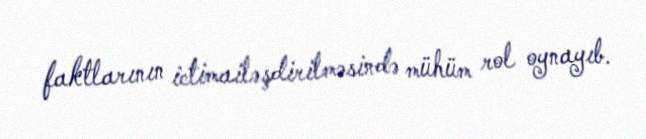
faktlarının ictimailəşdirilməsində mühüm rol oynayıb.